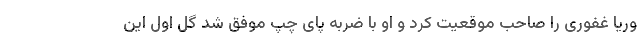
وریا غفوری را صاحب موقعیت کرد و او با ضربه پای چپ موفق شد گل اول این